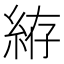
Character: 𱹲